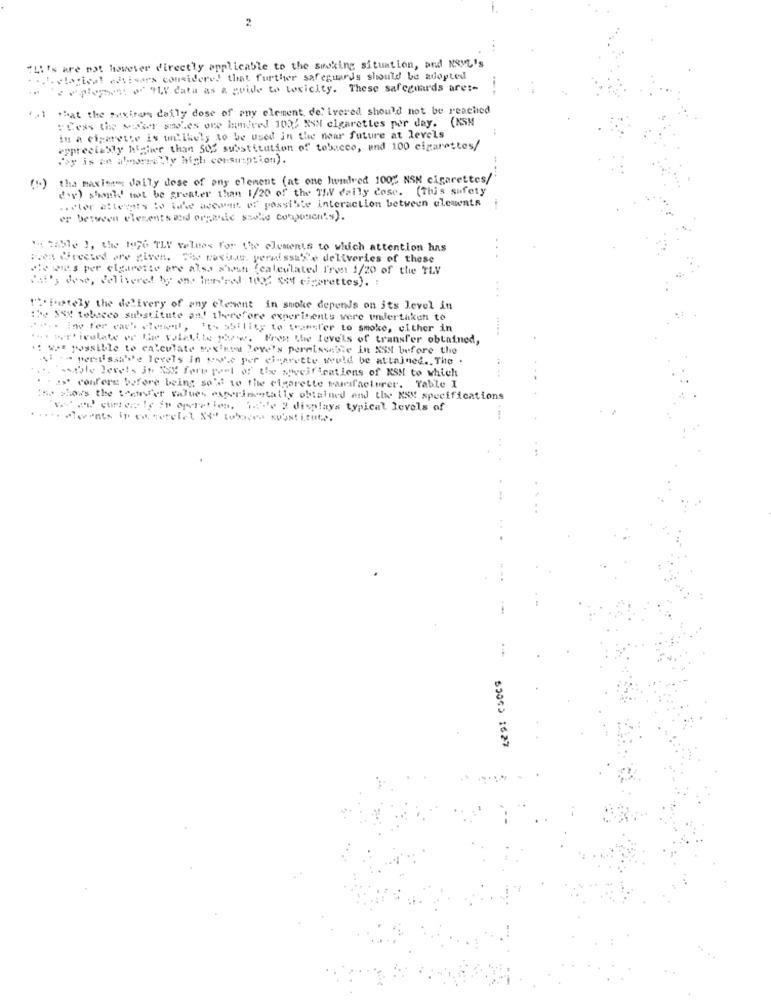
2
"Li's are not however directly applicable to the smoking situation, and NSVL's
... I. ctacieal caisors considere! that further safeguards should be adopted
how deployment of Thy data as a guide to toxicity. These safeguards are :-
4 .1
what the saxtrans daily dose of my element delivered should not be reached
:Less tis mokr ses om hunNeed 1032 XXN cigarettes per day. (NSM
in a cigarette is u.ihely to be used in the near future at levels
epprectesty higher than 50% substitution of tobacco, and 100 cigarettes/
Voy is an amorwe'ly high consumption).
tha maxime daily dose of any element (at one hundred 100% NSM cigarettes/
(1.)
dir) should not be greater than 1/20 of the TIN daily cose. (This safety
.. vler attempts to take aceast, of possible interaction between elements
or between elements and organic stelle components).
" table ), the 1976 TLY velees for the elements to which attention has
pres Greeted are given. "> Nexus. permissas'e deliveries of these
#legais per cigarette are also s'wsh {calculated From 1/20 of the TLV
That's dowe, delivered by one herdred 1032 %MM cigarettes). :
""" lutely the delivery of any clement in smoke depends on its level in
:be XXX tobacco substitute an! therefore experiments were undertaken to
**.. inv fer each elol, it- ability to transfer to smoke, either in
--- - eulaw w - whatite few. Frem Lhe leve'ls of transfer obtained,
't we possible to calculate Max're Leve's permissible in XSS before the
. -- perissa''e levels in yw.c per einarette would be attained ., The
Pasible levels Jn SSE form part of the specifications of KSM to which
. . as' confere before being so's to the cigarette ramsfacturer. Table I
iss shows the ""ctf'er ".Jues experimentally obtained and the MSM specifications
"vad curtere ly in operation, 1-e 2 displays typical levels of
55043 1627